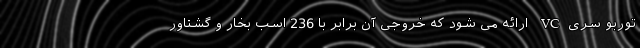
توربو سریVC ارائه می شود که خروجی آن برابر با 236 اسب بخار و گشتاور